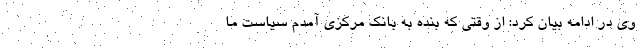
وی در ادامه بیان کرد: از وقتی که بنده به بانک مرکزی آمدم سیاست ما